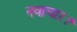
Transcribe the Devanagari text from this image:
नवाचार।